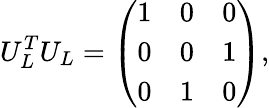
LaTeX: U_{L}^{T}U_{L}=\left(\begin{array}{lll}{{1}}&{{0}}&{{0}}\\ {{0}}&{{0}}&{{1}}\\ {{0}}&{{1}}&{{0}}\end{array}\right),